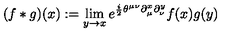
( f * g ) ( x ) : = \lim _ { y \rightarrow x } e ^ { \frac { i } { 2 } \theta ^ { \mu \nu } \partial _ { \mu } ^ { x } \partial _ { \nu } ^ { y } } f ( x ) g ( y )